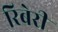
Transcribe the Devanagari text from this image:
रिबेरी